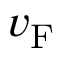
v _ { \mathrm { { F } } }